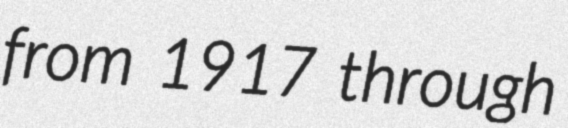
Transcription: from 1917 through